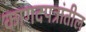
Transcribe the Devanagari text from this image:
कागदपत्रांतील